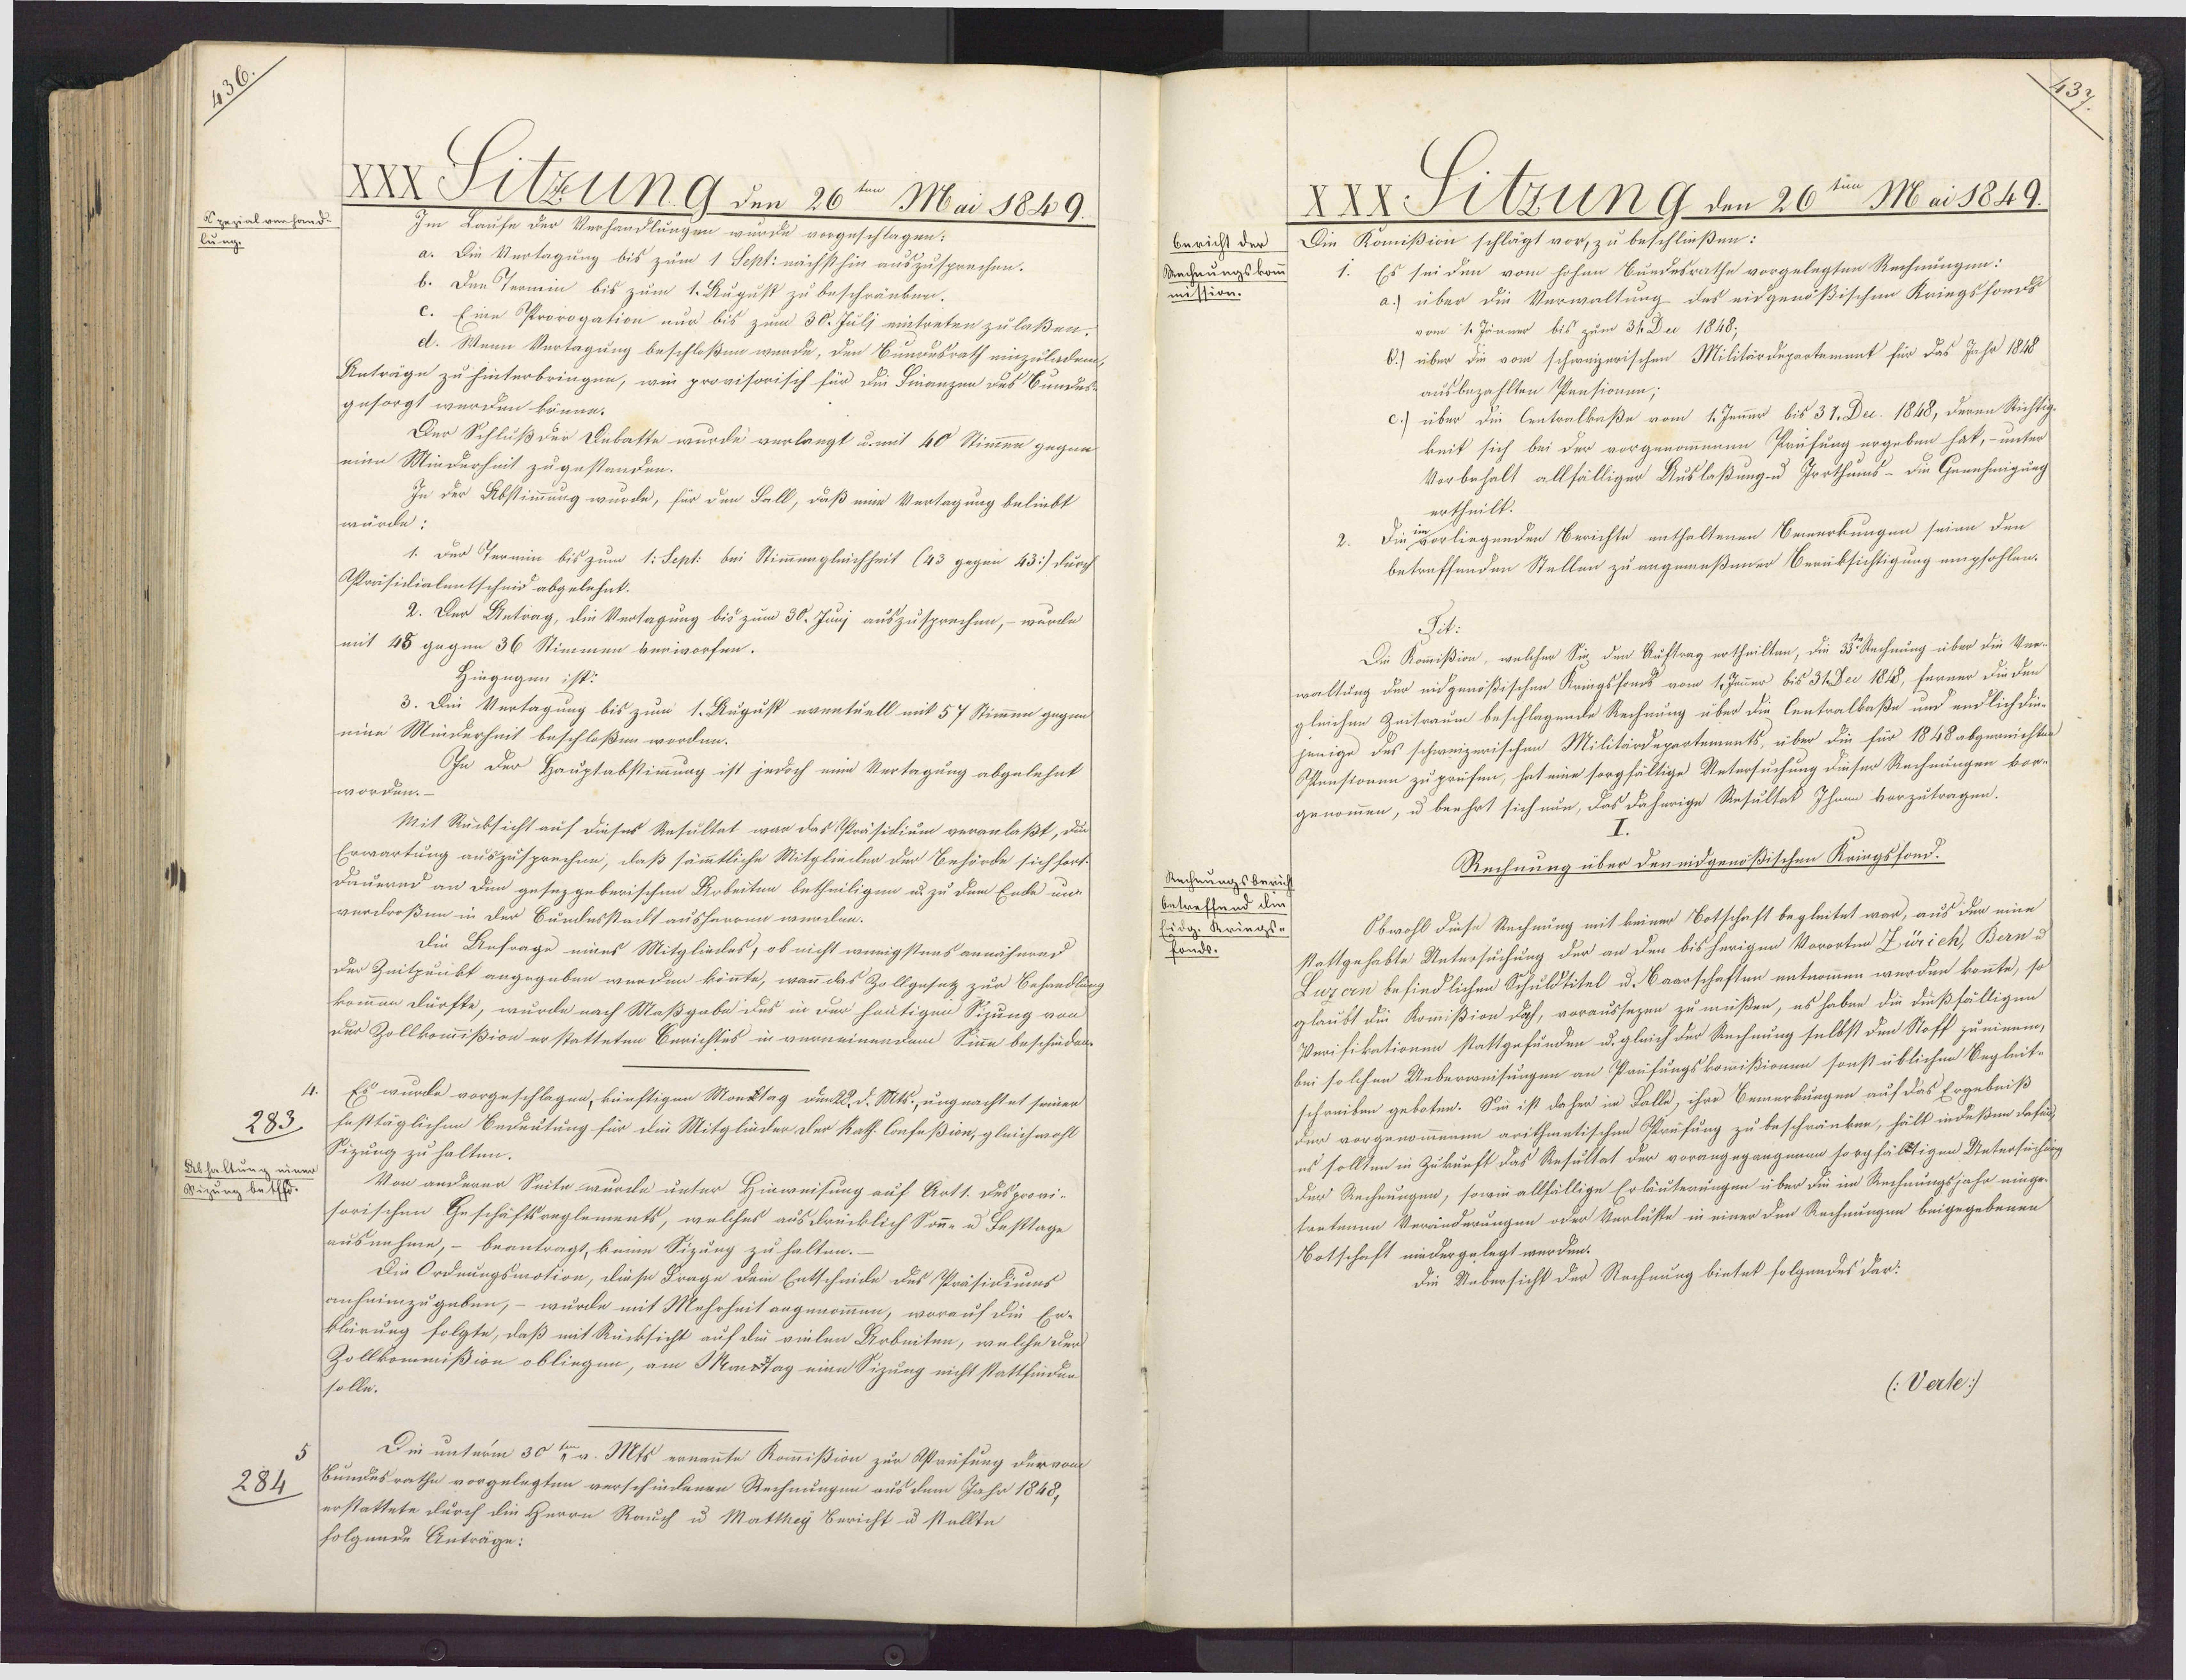
Apezial verhand-
lung.
283.
Abhaltung eine
Wizung betffd
284

XXX SlzunG den 26ten Mai 1849.
Im Laufe der Verhandlungen wurde vorgeschlagen:
a. Die Vertagung bis zum 1 Sept: nächsthin auszusprechen.
b. Den Teomin bis zum 1. August zu beschränken.
c. Eine Prorogation nur bis zum 30. Julj eintreten zu laßen.
d. Wenn Vertagung beschloßen werde, den Bunousrath einzuladend,
Anträge zu hinterbringen, wee provisorisch für die Sinanzen des Bundes¬
gesorgt werden könne.
Der Schluß der Onbatte wurde verlangt u. mit 40 Stimmen gegen¬
eine Minderheit zugestanden.
In der Abstimmung wurde, für den Sall, daß eine Vertagung beliebt
würde:
1. Der Termin bis zum 1: Sept: bei Stimmengleichheit (43 gegen 43) durch
Aräsidialentscheid abgelehnt.
2. Der Antrag, die Verlagung bis zum 30. Junj auszusprechen, – wurdde
mit 48 gegen 36 Stimmen verworfen.
Hingegen ist:
3. Die Vertagung bis zum 1. August eventuell mit 57 Stimmen gegen
eine Minderheit beschloßen worden.
IIn der Hauptabstimmung ist jedoch eine Vertagung abgelehnt
worden.
Mit Rücksicht auf dieses Resultat war das Präsidium veranlaßt, dur
Erwartung auszusprechen, daß sämmtliche Mitglieder der Behörde sich fort
Dauernd an den gesezgeberischen Arbeiten betheiligen u. zu dem Ende un¬
verdroßen in der Bundesstadt ausherren werden.
Die Anfrage eines Mitgliedes, ob nicht wenigstens annähnend
der Zeitpunkt angegeben werden könnte, wann das Zollgesetz zur Behandlung
kommen dürfte, wurde nach Maßgabe des in der heutigen Sizung von
Der Zollkommißion er statteten Berichtes in verneinendem Sin̄e beschieden.
Es wurde vorgeschlagen, künftigen Monktag dunkd. d. Mts., ungeachtet seiner
festtäglichen Bedeutung für die Mitglüder der kath. Confeßion, gleichwohl
Sizung zu halten.
Von anderer Seite wurde unter Hinweisung auf Art1. des provi-
sorischen Geschäftsreglements, welches ausdrücklich Sonne u Festtage
ausnehme, – beantragt, keine Sizung zu halten.
Die Ordnungsmotion, diese Frage dem Entscheide des Präsidiums
anheimzugeben, – wurde mit Mehrheit angenommen, worauf die Er¬
klärung folgte, daß mit Rücksicht auf die vielen Arbeiten, welche der
Zollkommißion obliegen, am Maistag eine Sizung nicht stattfinden
solle.
Die unterm 30te v. Mts ernannte Kommißion zur Astrufung der vom
Bundesrathe vorgelegten verschiedenen Rechnungen aus dem Jahr 1848,
erstattete durch die Herrn Rauch u Matthey Bericht u stellte
folgende Anträge:

Bericht der
Rechnungskon
mission.
Rechnungsberich
betreffend die
Eidg. Krings-
fonds.

XXX Felzung den 26ten Mai 1849.
Die Komißion schlägt vor, zu beschließen:
Es sei den vom hohen Bundesrathe vorgelegten Rechnungen:
a.) über die Verwaltung des eidgenößischen Kriegssons
vom 1. Jänner bis zum 31. Dec 1848;
6.) über die vom schweizerischen Militärdepartement für das Jahr 1848
ausbezahlten Pensionen;
c.) über die Centralkaße vom 1. Jenner bis 37. Dec. 1848, deren Richtig
keit sich bei der vorgenommenen Prüfung ergeben hat, - unter
Vorbehalt allfälliger Auslaßung u Irrthums - die Genehmigung
ertheilt.
Die orliegenden Berichte enthaltenen Bewerkungen seien den
betreffenden Stellen zu angemeßener Berüksichtigung empfohlen.
Sit:
Die Kommißion, welcher Sie den Auftrag ertheilten, die 33t Rechnung über die Ver¬
waltung der eidgenößischen Kringssonds vom 1. Jenner bis 31. Dec 1848, ferner die den
gleichen Zeitraum beschlagende Rechnung über die Centralkaße und endlich die
jenige des schweizerischen Militärdepartements, über die für 1848 abgerichten
Ounsionen zu prüfen, hat eine sorgfältige Untersuchung dieser Rechnungen vor-
genommen, u beehrt sich nun, das daherige Resultak Ihnen vorzutragen.
Rechnung über den eidgenößischen Kringsfond.
Obwohl diese Rechnung mit keiner Botschaft begleitet war, aus der eine
stattgehabte Untersuchung der an den bisherigen Vororten Zürich, Bern u.
Luzen befindlichen Schuldtitel u. Baarschaften entnommen werden konnte, so
glaubt die Komißion doh, voraussezen zu müßen, es haben die dießfälligen
Verifikationen stattgefunden u. gleich der Rechnung selbst den Stoff zueinem,
bei solchen Ueberweisungen an Prüfungskommißionen sonst üblichen Begleit-
schreiben geboten. Sie ist daher im Falle, ihre Bemerkungen auf das Ergebniß
der vorgenommenen arithmetischen Prüfung zu beschränken, hält indeßen defüd
es sollten in Zukunft das Resultat der vorangegangenen sorgfäldtigen Untersuchung
der Rechnungen, sowie allfällige Erläuterungen über die im Rechnungsjahr einge¬
tretenen Veränderungen oder Verluste in einer den Rechnungen beigegebenen
Botschaft niedergelegt werden.
die Uebersicht der Rechnung bietet folgendes dar:
(:Verte:/